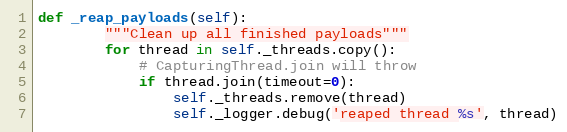
Language: Python
def _reap_payloads(self):
        """Clean up all finished payloads"""
        for thread in self._threads.copy():
            # CapturingThread.join will throw
            if thread.join(timeout=0):
                self._threads.remove(thread)
                self._logger.debug('reaped thread %s', thread)